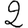
Digit: 2